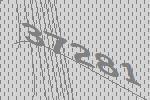
37281